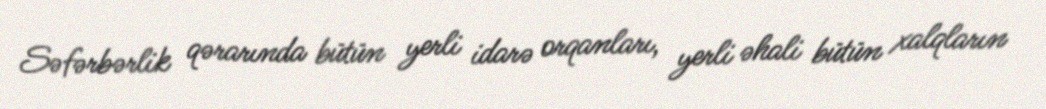
Səfərbərlik qərarında bütün yerli idarə orqanları, yerli əhali bütün xalqların